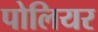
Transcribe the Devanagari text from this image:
पोलियर